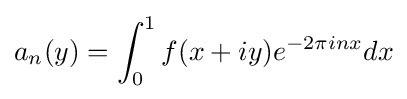
a_{n}(y)=\int _{0}^{1}f(x+iy)e^{-2\pi inx}dx